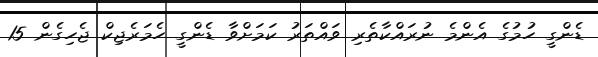
ޑެންގީ ހުމުގެ އެންމެ ނުރައްކާތެރި ވައްތަރު ކަމަށްވާ ޑެންގީ ހެމަރެޖިކް ޖެހިގެން 15